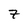
Character: 7